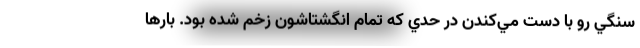
سنگي رو با دست مي‌كندن در حدي كه تمام انگشتاشون زخم شده بود. بارها